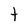
Character: t